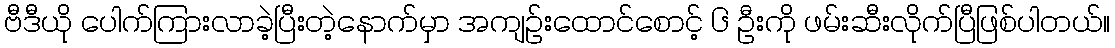
ဗီဒီယို ပေါက်ကြားလာခဲ့ပြီးတဲ့နောက်မှာ အကျဉ်းထောင်စောင့် ၆ ဦးကို ဖမ်းဆီးလိုက်ပြီဖြစ်ပါတယ်။